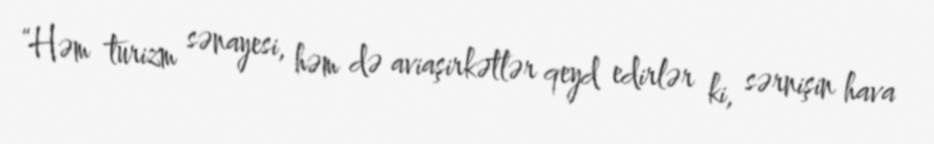
“Həm turizm sənayesi, həm də aviaşirkətlər qeyd edirlər ki, sərnişin hava